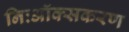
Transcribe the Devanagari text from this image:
निःऑक्सकरण